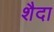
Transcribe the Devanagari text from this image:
शैदा